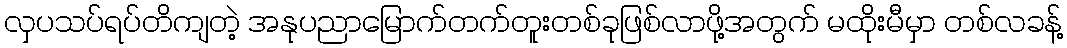
လှပသပ်ရပ်တိကျတဲ့ အနုပညာမြောက်တက်တူးတစ်ခုဖြစ်လာဖို့အတွက် မထိုးမီမှာ တစ်လခန့်